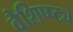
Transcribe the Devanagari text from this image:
वैशिष्ष्ट्य